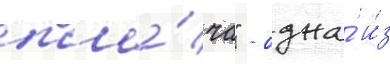
пла́ча" - одна́ и́з